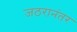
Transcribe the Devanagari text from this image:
जठरानंतर